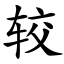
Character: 较